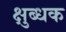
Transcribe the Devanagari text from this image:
क्षुब्धक